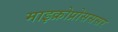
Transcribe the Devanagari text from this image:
माइक्रोप्रोसससर